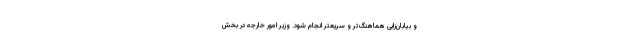
و بیابان‌زایی هماهنگ‌تر و سریعتر انجام شود. وزیر امور خارجه در بخش